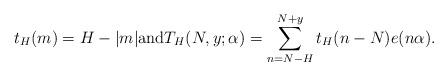
LaTeX: \begin{align*}t_H(m)=H-\vert m \vert \textrm{and}T_H(N,y;\alpha) =\sum_{n=N-H}^{N+y} t_H(n-N) e(n\alpha).\end{align*}